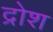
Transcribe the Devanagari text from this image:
द्रोश